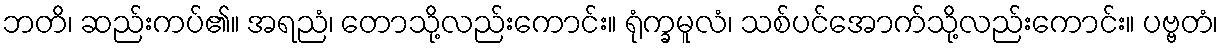
ဘတိ၊ ဆည်းကပ်၏။ အရညံ၊ တောသို့လည်းကောင်း။ ရုံက္ခမူလံ၊ သစ်ပင်အောက်သို့လည်းကောင်း။ ပဗ္ဗတံ၊